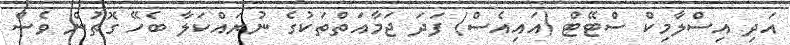
އަދި އިސްލާމިކް ސްޓޭޓް (އައިއެސް) ފަދަ ޖަމާއަތްތަކުގެ ނުރައްކަލާ ބެހޭ ގޮތުން ވެސް